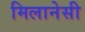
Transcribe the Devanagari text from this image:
मिलानेसी